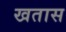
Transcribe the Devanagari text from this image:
खतास